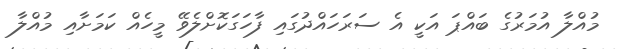
މުއްލާ އުމަރުގެ ބައްޕަ އަކީ އެ ސަރަހައްދުގައި ފާހަގަކޮށްލެވޭ މީހެއް ކަމަށާއި މުއްލާ